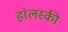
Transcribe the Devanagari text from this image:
हा॓लस्की